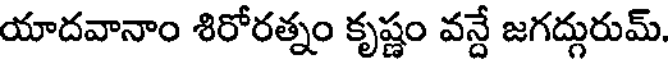
యాదవానాం శిరోరత్నం కృష్ణం వన్దే జగద్గురుమ్.